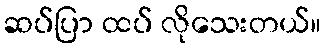
ဆပ်ပြာ ထပ် လိုသေးတယ်။